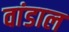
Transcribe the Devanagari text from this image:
वांडाल